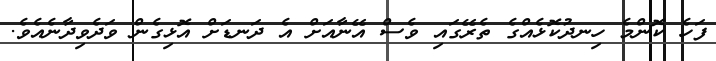
ފަހެ ކޮންމެ ހިނދުކޮޅެއްގެ ތެރޭގައި ވެސް އޭނާއަށް އެ ދަނޑަށް އޮޅިގެން ވަދެވިދާނެއެވެ.